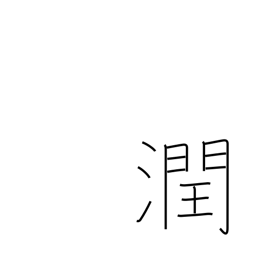
Meaning: be watered